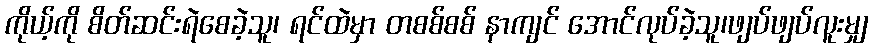
ကိုယ့်ကို စိတ်ဆင်းရဲစေခဲ့သူ၊ ရင်ထဲမှာ တစစ်စစ် နာကျင် အောင်လုပ်ခဲ့သူ၊ဖျပ်ဖျပ်လူးမျှ